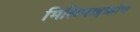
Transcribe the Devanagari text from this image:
मिलिमाइक्रोन